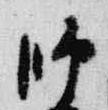
師